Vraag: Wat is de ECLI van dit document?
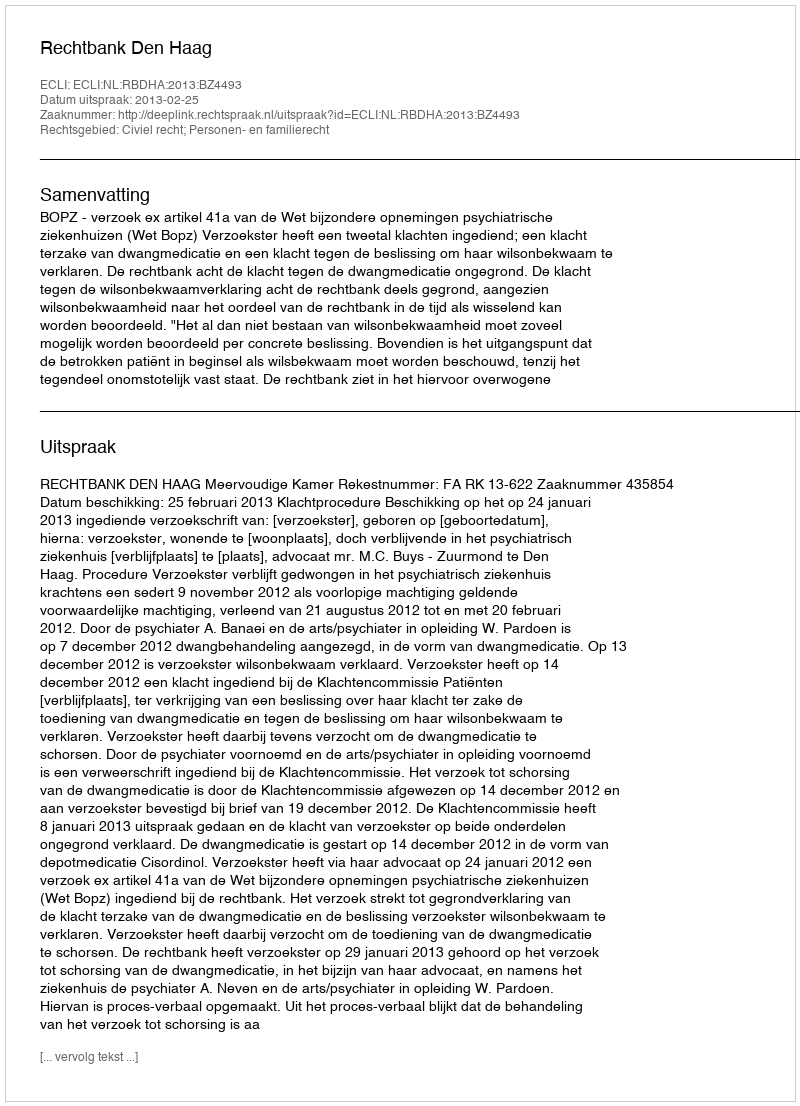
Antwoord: ECLI:NL:RBDHA:2013:BZ4493